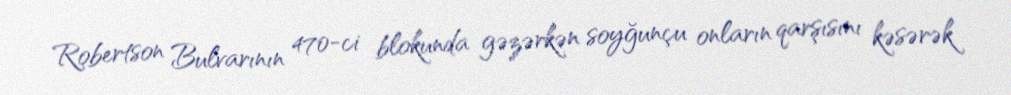
Robertson Bulvarının 470-ci blokunda gəzərkən soyğunçu onların qarşısını kəsərək